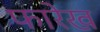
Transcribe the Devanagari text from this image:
फारेख